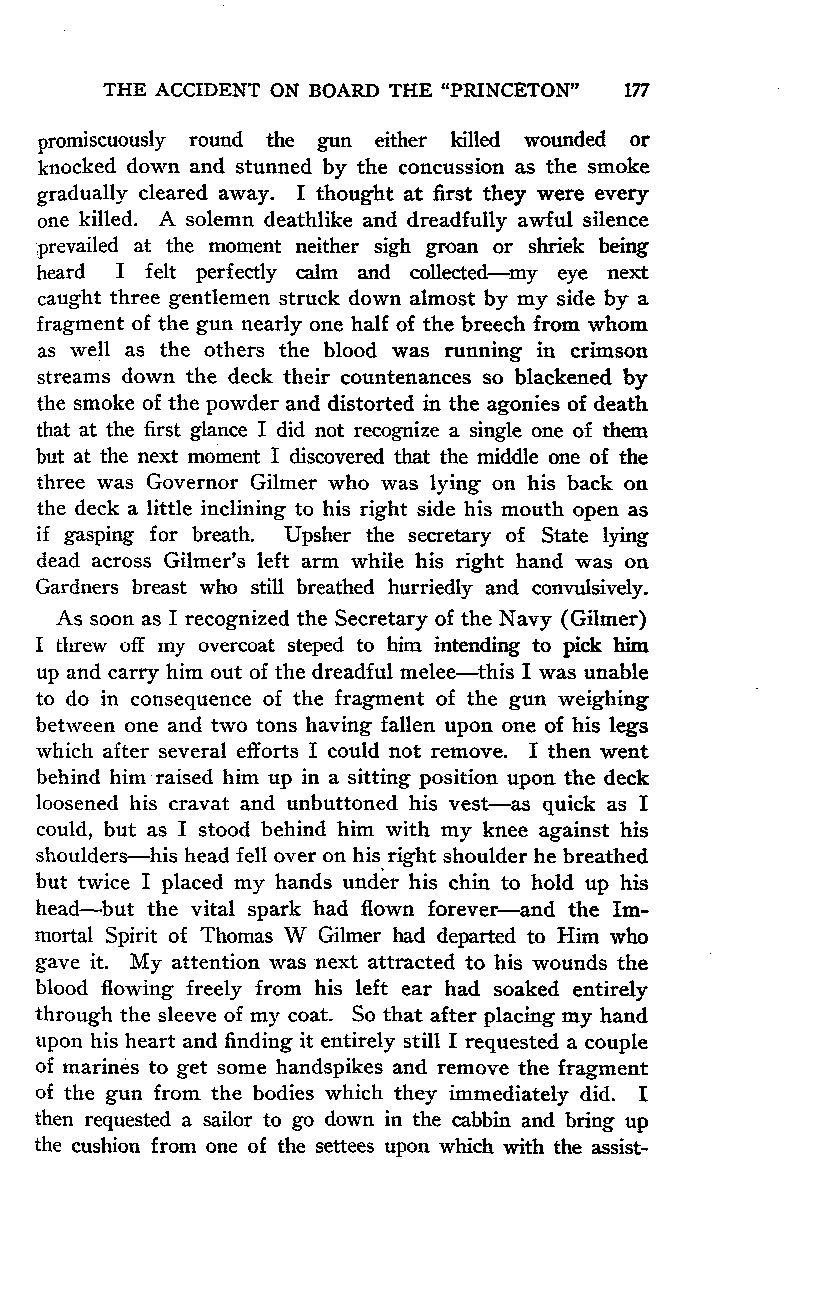
THE ACCIDENT ON BOARD THE "PRINCETON" 177
 promiscuously round the gun either killed wounded or
 knocked down and stunned by the concussion as the smoke
 gradually cleared away. I thought at first they were every
 one killed. A solemn deathlike and dreadfully awful silence
 prevailed at the moment neither sigh groan or shriek being
 heard I felt perfectly calm and collected-my eye next
 caught three gentlemen struck down almost by my side by a
 fragment of the gun nearly one half of the breech from whom
 as well as the others the blood was running in crimson
 streams down the deck their countenances so blackened by
 the smoke of the powder and distorted in the agonies of death
 that at the first glance I did not recognize a single one of them
 but at the next moment I discovered that the middle one of the
 three was Governor Gilmer who was lying on his back on
 the deck a little inclining to his right side his mouth open as
 if gasping for breath. Upsher the secretary of State lying
 dead across Gilmer's left arm while his right hand was on
 Gardners breast who still breathed hurriedly and convulsively.
 As soon as I recognized the Secretary of the Navy (Gilmer)
 I threw off my overcoat steped to him intending to pick him
 up and carry him out of the dreadful melee-this I was unable
 to do in consequence of the fragment of the gun weighing
 between one and two tons having fallen upon one of his legs
 which after several efforts I could not remove. I then went
 behind him-raised him up in a sitting position upon the deck
 loosened his cravat and unbuttoned his vest-as quick as I
 could, but as I stood behind him with my knee against his
 shoulders-his head fell over on his right shoulder he breathed
 but twice I placed my hands under his chin to hold up his
 head-but the vital spark had flown forever-and the Im-
 mortal Spirit of Thomas W Gilmer had departed to Him who
 gave it. My attention was next attracted to his wounds the
 blood flowing freely from his left ear had soaked entirely
 through the sleeve of my coat. So that after placing my hand
 upon his heart and finding it entirely still I requested a couple
 of marines to get some handspikes and remove the fragment
 of the gun from the bodies which they immediately did. I
 then requested a sailor to go down in the cabbin and bring up
 the cushion from one of the settees upon which with the assist-